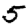
Digit: 5